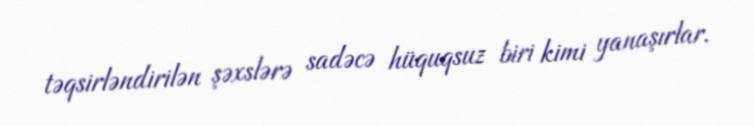
təqsirləndirilən şəxslərə sadəcə hüquqsuz biri kimi yanaşırlar.